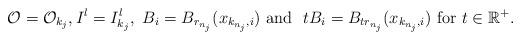
LaTeX: \begin{align*}{\mathcal O}={\mathcal O}_{k_j}, I^l=I^l_{k_j}, \ B_i=B_{r_{n_j}}(x_{k_{n_j},i}) \mbox{ and } \ tB_i=B_{tr_{n_j}}(x_{k_{n_j},i}) \mbox{ for } t \in \mathbb{R}^+.\end{align*}